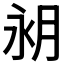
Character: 𪵵